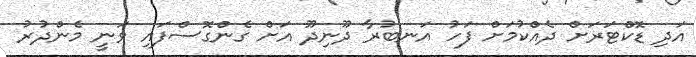
އަދި ޑޮކްޓަރަށް ދެއްކުމަށް ފަހު އަނބުރާ ދޫނިދޫ އަށް ގެންގޮސްފައި ވަނީ މެންދުރު